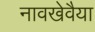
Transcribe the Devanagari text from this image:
नावखेवैया